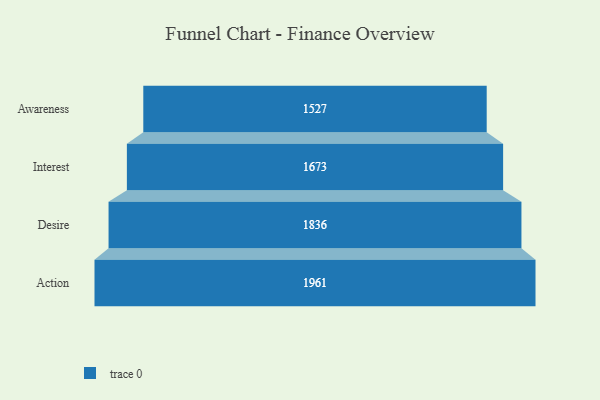
{"axis": {"x": "Stage", "y": "Value"}, "legend": [""], "data": [{"x": "Awareness", "y": 1527.0, "type": ""}, {"x": "Interest", "y": 1673.0, "type": ""}, {"x": "Desire", "y": 1836.0, "type": ""}, {"x": "Action", "y": 1961.0, "type": ""}]}